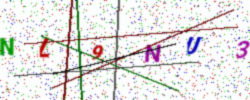
Text: NL9NU3